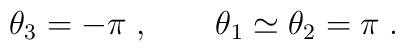
\theta_3=-\pi \; , \qquad   \theta_1 \simeq \theta_2 = \pi \; .